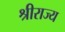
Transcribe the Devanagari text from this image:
श्रीराज्य